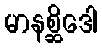
မာနစ္ဆိဒေါ